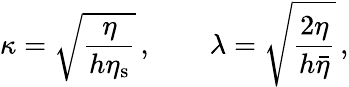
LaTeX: \kappa=\sqrt{\frac{\eta}{h\eta_{\mathrm{s}}}}\, ,\qquad\lambda=\sqrt{\frac{2\eta}{h\bar{\eta}}}\, ,